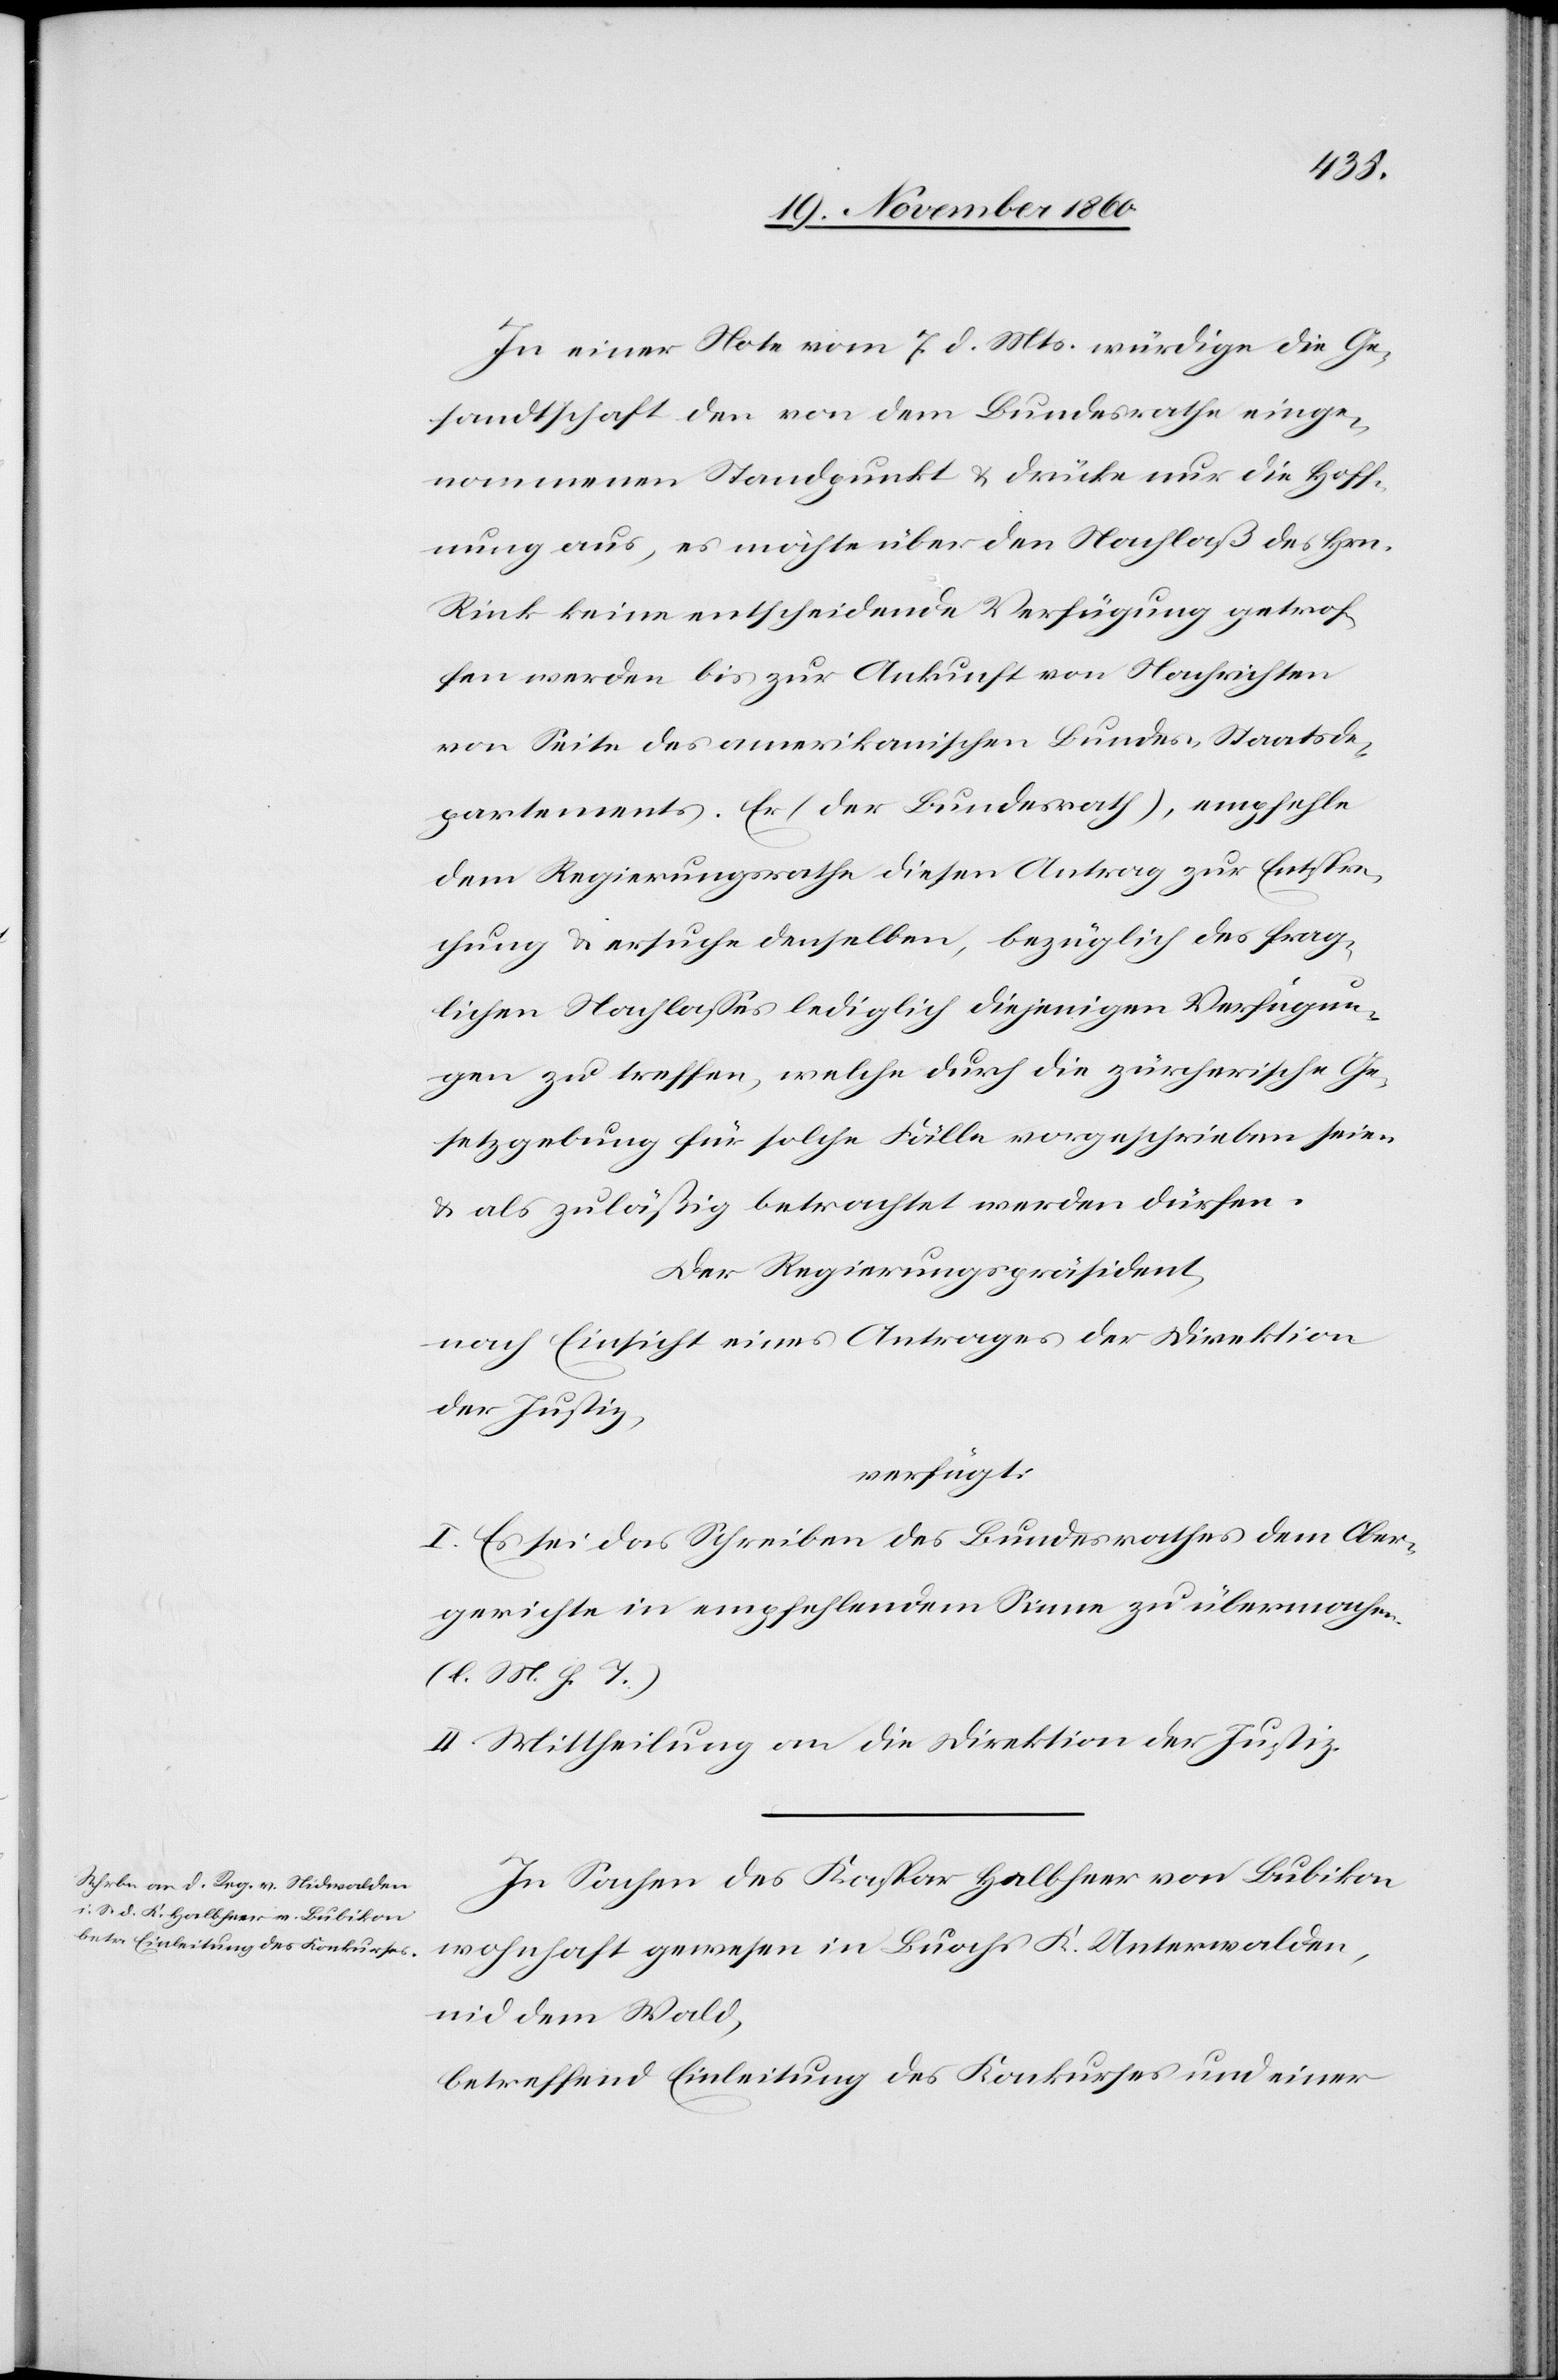
24. November 1860.]
In einer Note vom 7. d. Mts. würdige die Ge¬
sandtschaft den von dem Bundesrathe einge¬
nommenen Standpunkt u. drücke nur die Hoff¬
nung aus, es möchte über den Nachlaß des Hrn.
Rink keine entscheidende Verfügung getrof¬
fen werden bis zur Ankunft von Nachrichten
von Seite des amerikanischen Bundes-Staatsde¬
partements. Er (der Bundesrath), empfehle
dem Regierungsrathe diesen Antrag zur Entspre¬
chung u. ersuche denselben, bezüglich des frag¬
lichen Nachlasses lediglich diejenigen Verfügun¬
gen zu treffen, welche durch die zürcherische Ge¬
setzgebung für solche Fälle vorgeschrieben seien
u. als zuläßig betrachtet werden dürfen.
Der Regierungspräsident,
nach Einsicht eines Antrages der Direktion
der Justiz,
verfügt:
I. Es sei das Schreiben des Bundesrathes dem Ober¬
gerichte in empfehlendem Sinne zu übermachen.
(l. M. h. T.)
II. Mitheilung an die Direktion der Justiz.
In Sachen des Kaspar Halbheer von Bubikon
wohnhaft gewesen in Buochs K. Unterwalden,
nid dem Wald,
betreffend Einleitung des Konkurses und einer